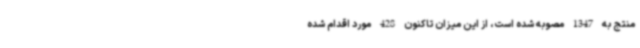
منتج به 1347 مصوبه شده است، از این میزان تاکنون 428 مورد اقدام شده